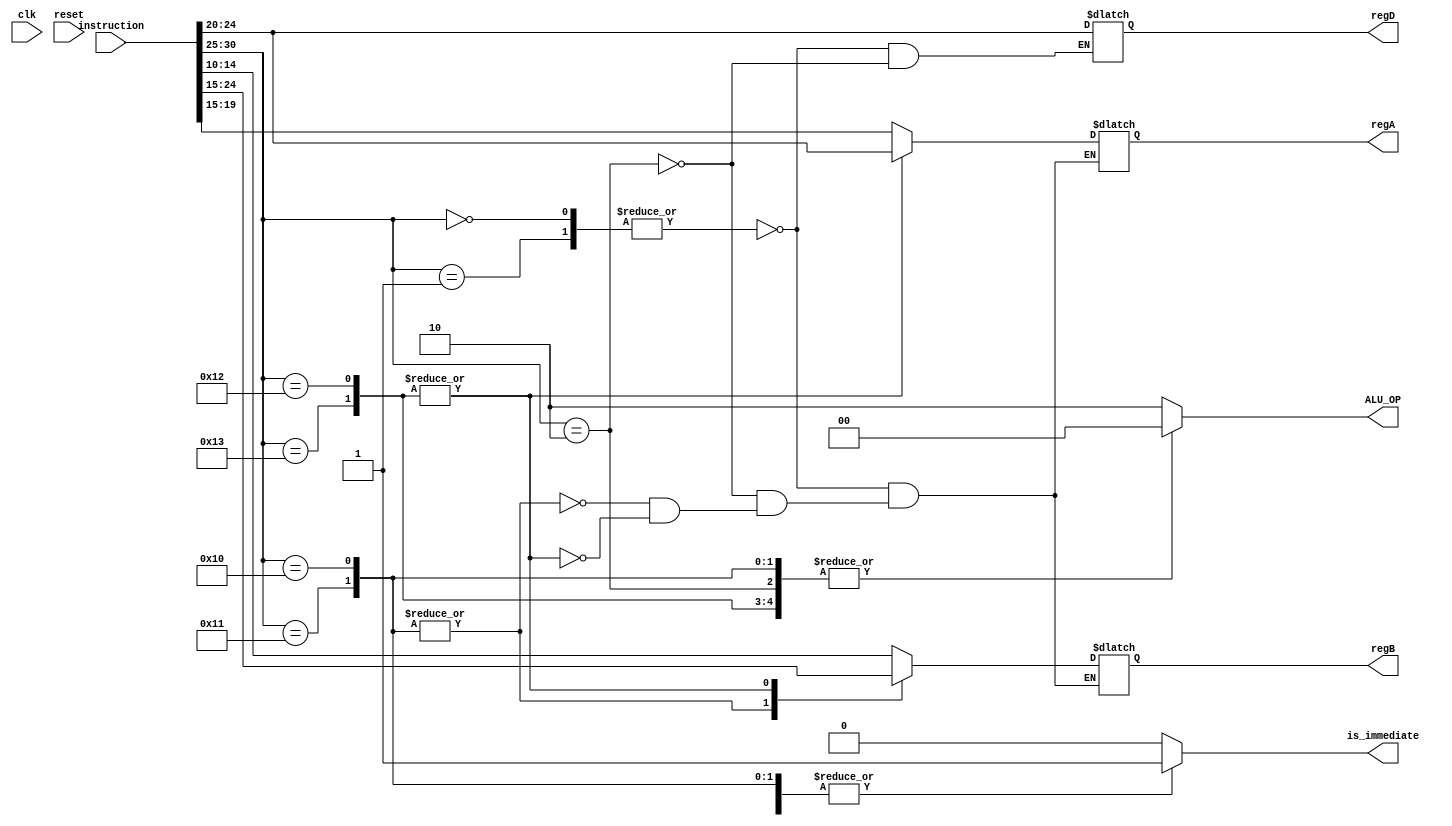
//`include "header.vh"

module control (
    
    // SYSTEM
    input clk,
    input reset,

    // INPUT
    input [31:0] instruction,

    // OUTPUT
    output reg [1:0] ALU_OP,
    output reg [4:0] regA, regB, regD,
    output reg is_immediate
    );

    // R-type               M-Type              B-Type
    //31-25 opcode          31-25 opcode     31-25 opcode
    //24-20 dst             24-20 dst           24-20 off_hi
    //19-15 src1            19-15 src1          19-15 src1
    //14-10 scr2            14-0 Offset         14-10 src2/off_mem
    //9-0   0                                   9-0   off_lw

    /*              OPCODE (31:26)
    add             0x00
    sub             0x01
    mul             0x02
    loadb           0x10
    loadw           0x11   
    storeb          0x12
    storew          0x13
    mov             0x14
    beq             0x30
    jump            0x31
    */

    wire signed [5:0] opcode;
    assign opcode = instruction [31:25];
    reg [1:0] default_alu_op = 2'b00; // ADD


    //wire [4:0] regD,regB;

    always @ ( * ) begin 

        case({opcode})
            // R-type
            6'b000000, 6'b000001: begin
                $display("ADD/SUM");
                ALU_OP <= 2'b10;
                regD <= instruction[24:20];
                regA <= instruction[19:15];
                regB <= instruction[14:10];
                is_immediate  <= 0;
            end

            // MUL
            6'b000010: begin
                $display("MUL");
                ALU_OP <= default_alu_op;
                regD <= instruction[24:20];
                regA <= instruction[19:15];
                regB <= instruction[14:10];
                is_immediate  <= 0;
            end

            // LDB, LDW
            6'b010000, 6'b010001: begin
                $display("LD");
                ALU_OP <= default_alu_op;
                regA <= instruction[19:15];
                regB <= instruction[24:20]; // dst
                is_immediate  <= 1;
            end
            // STB, STW
            6'b010010, 6'b010011: begin
                $display("STR");
                ALU_OP <= default_alu_op;
                regA <= instruction[24:20];
                regB <= instruction[19:15];
                is_immediate  <= 1;
            end

            default: begin
                ALU_OP <= 2'b10;
                is_immediate  <= 0;
            end
        endcase

    end 
endmodule // register